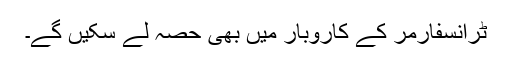
ٹرانسفارمر کے کاروبار میں بھی حصہ لے سکیں گے۔